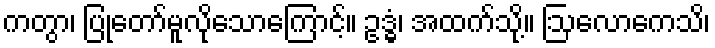
ကတွာ၊ ပြုတော်မူလိုသောကြောင့်။ ဥဒ္ဓံ၊ အထက်သို့။ ဩလောကေသိ၊